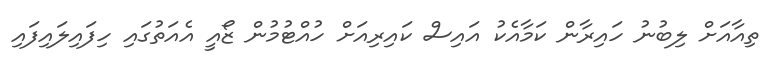
ތިއާއަށް ލިބުނު ހައިރާން ކަމާއެކު އައިސް ކައިރިއަށް ހުއްޓުމުން ޒޯއީ އެއަތުގައި ހިފައިލައިފައި